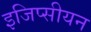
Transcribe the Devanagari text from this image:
इजिप्सीयन